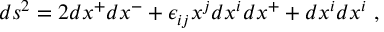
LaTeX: d s ^ { 2 } = 2 d x ^ { + } d x ^ { - } + \epsilon _ { i j } x ^ { j } d x ^ { i } d x ^ { + } + d x ^ { i } d x ^ { i } ~ ,